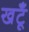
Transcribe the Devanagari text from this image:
खटूँ